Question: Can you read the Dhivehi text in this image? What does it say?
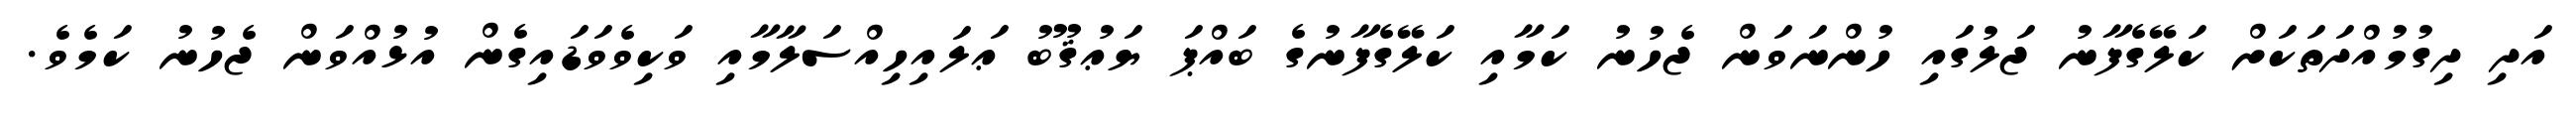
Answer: އަދި ދިގުމުއްދަތަކަށް ކަލޭގެފާނު ޖަލުގައި ހުންނަވަން ޖެހުނު ކަމާއި ކަލޭގެފާނުގެ ބައްޕަ ޔަޢުޤޫބު ޢަލައިހިއްސަލާމާއި ވަކިވެވަޑައިގެން އުޅުއްވަން ޖެހުނު ކަމެވެ.